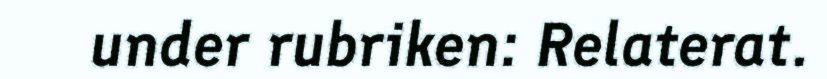
under rubriken: Relaterat.